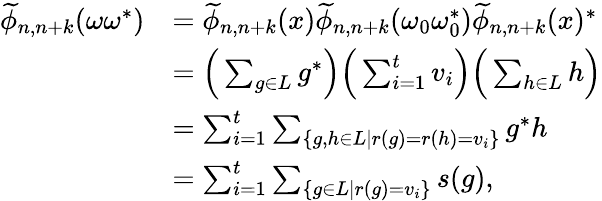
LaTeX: \begin{array}{rl}{\widetilde{\phi}_{n,n+k}(\omega\omega^{*})}&{=\widetilde{\phi}_{n,n+k}(x)\widetilde{\phi}_{n,n+k}(\omega_{0}\omega_{0}^{*})\widetilde{\phi}_{n,n+k}(x)^{*}}\\ &{=\Big(\sum_{g\in L}g^{*}\Big)\Big(\sum_{i=1}^{t}v_{i}\Big)\Big(\sum_{h\in L}h\Big)}\\ &{=\sum_{i=1}^{t}\sum_{\{ g,h\in L\mid r(g)=r(h)=v_{i}\} }g^{*}h}\\ &{=\sum_{i=1}^{t}\sum_{\{ g\in L\mid r(g)=v_{i}\} }s(g),}\end{array}